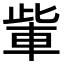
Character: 𮝏